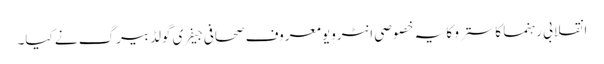
انقلابی رہنما کاسترو کا یہ خصوصی انٹرویو معروف صحافی جیفری گولڈبیرگ نے کیا۔